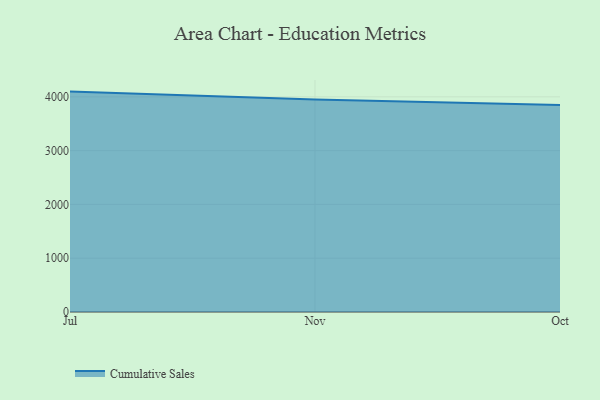
{"axis": {"x": "Month", "y": "Page Views"}, "legend": ["Cumulative Sales"], "data": [{"x": "Jul", "y": 4097.6, "type": "Cumulative Sales"}, {"x": "Nov", "y": 3949.4, "type": "Cumulative Sales"}, {"x": "Oct", "y": 3847.1, "type": "Cumulative Sales"}]}